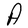
Character: A